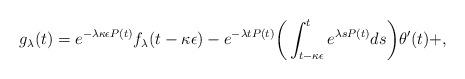
LaTeX: \begin{align*} g_{\lambda}(t) = e^{- \lambda \kappa \epsilon P(t)} f_{\lambda}(t - \kappa \epsilon) - e^{- \lambda t P(t)} \bigg( \int_{t - \kappa \epsilon}^{t} e^{\lambda s P(t)} ds \bigg) \theta'(t) + , \end{align*}